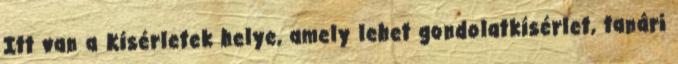
Itt van a Kísérletek helye, amely lehet gondolatkísérlet, tanári